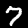
Label: 7